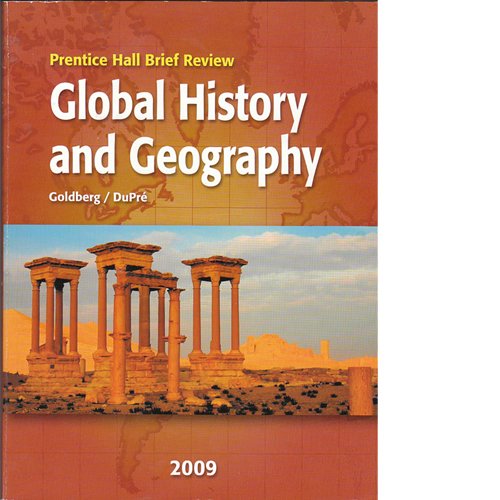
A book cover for Global History and Geography (Prentice Hall Brief Review); Steven Golberg; Teen & Young Adult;